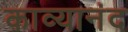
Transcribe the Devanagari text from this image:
काव्यानंद